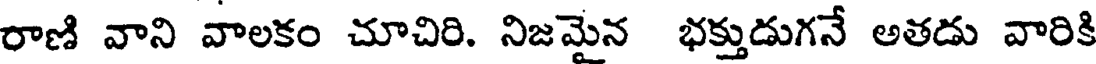
రాణి వాని వాలకం చూచిరి. నిజమైన భక్తుడుగనే అతడు వారికి